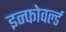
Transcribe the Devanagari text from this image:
इन्फोवर्ल्ड